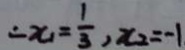
= x _ { 1 } = \frac { 1 } { 3 } , x _ { 2 } = - 1